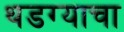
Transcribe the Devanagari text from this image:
थडग्याचा